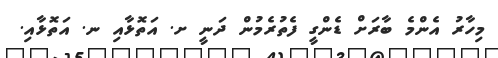
މިހާރު އެންމެ ބާރަށް ޑެންގީ ފެތުރެމުން ދަނީ ށ. އަތޮޅާއި ނ. އަތޮޅާއި.